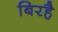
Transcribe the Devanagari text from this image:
बिरहै